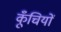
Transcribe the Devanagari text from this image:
कूँचियों